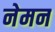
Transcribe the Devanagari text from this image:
नेमन